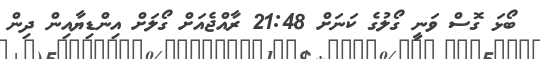
ބޯޅަ ގޮސް ވަނީ ގޯލުގެ ކަނަށް 21:48 ރާއްޖެއަށް ގޯލަށް އިންޑިޔާއިން ދިން